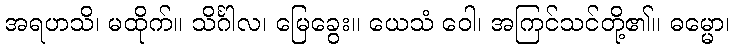
အရဟသိ၊ မထိုက်။ သိင်္ဂါလ၊ မြေခွေး။ ယေသံ ဝေါ၊ အကြင်သင်တို့၏။ ဓမ္မော၊